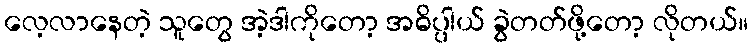
လေ့လာနေတဲ့ သူတွေ အဲ့ဒါကိုတော့ အဓိပ္ပါယ် ခွဲတတ်ဖို့တော့ လိုတယ်။